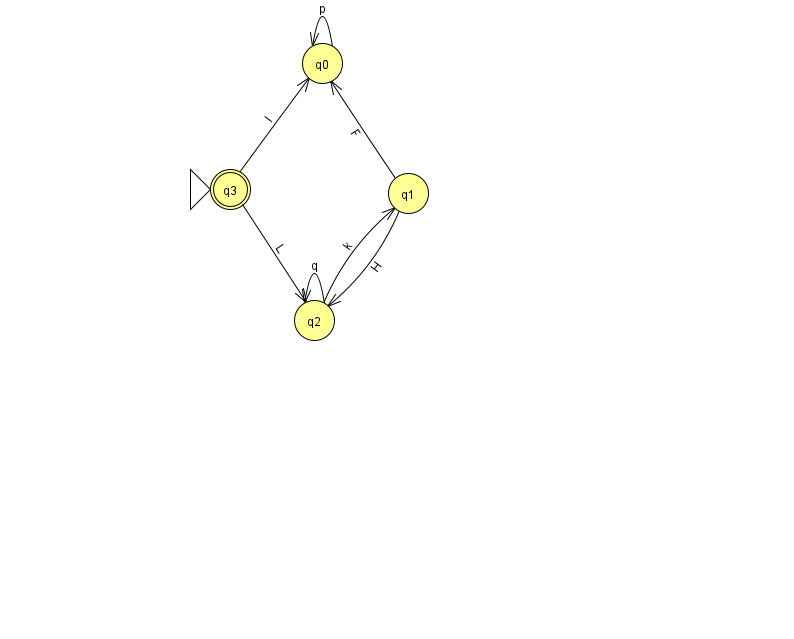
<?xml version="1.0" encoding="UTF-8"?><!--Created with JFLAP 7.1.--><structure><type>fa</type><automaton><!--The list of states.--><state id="0" name="q0"><x>322.0</x><y>50.0</y></state><state id="1" name="q1"><x>408.0</x><y>180.0</y></state><state id="2" name="q2"><x>314.0</x><y>307.0</y></state><state id="3" name="q3"><x>230.0</x><y>176.0</y><initial/><final/></state><!--The list of transitions.--><transition><from>0</from><to>0</to><read>p</read></transition><transition><from>1</from><to>2</to><read>H</read></transition><transition><from>2</from><to>2</to><read>q</read></transition><transition><from>2</from><to>1</to><read>k</read></transition><transition><from>3</from><to>0</to><read>l</read></transition><transition><from>3</from><to>2</to><read>L</read></transition><transition><from>1</from><to>0</to><read>F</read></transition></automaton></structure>